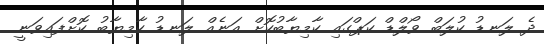
ދެ ލަނޑު ކުލަބް ވޯލްޑް ކަޕްގައި ކާމިޔާބުކޮށް އަނެއް ލަނޑު ކާމިޔާބު ކޮށްފައިވަނީ